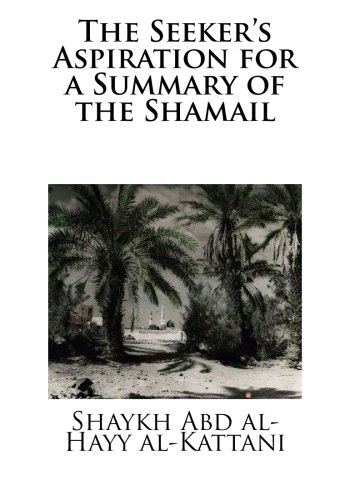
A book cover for The Seeker's Aspiration for a Summary of the Shamail; Shaykh Abd al-Hayy al-Kattani; Religion & Spirituality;